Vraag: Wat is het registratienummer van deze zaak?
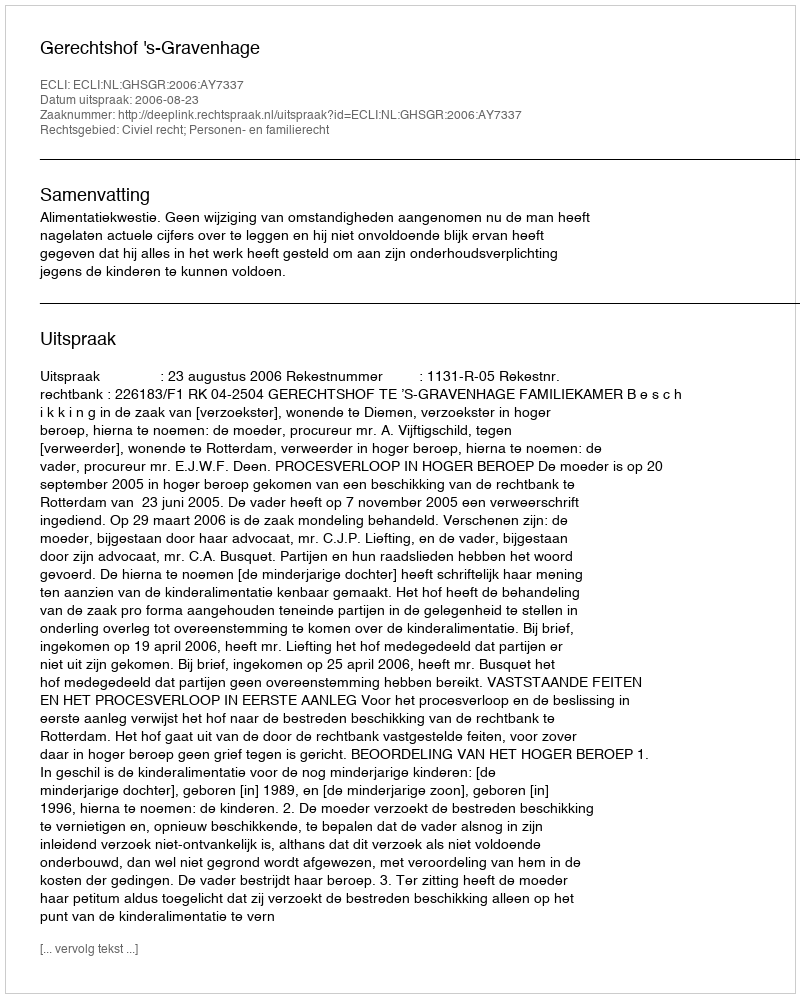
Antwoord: http://deeplink.rechtspraak.nl/uitspraak?id=ECLI:NL:GHSGR:2006:AY7337